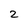
Character: 2